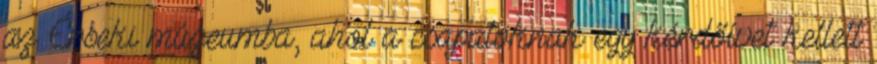
az Érseki múzeumba, ahol a csapatoknak egy kérdőívet kellett